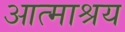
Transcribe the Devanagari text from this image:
आत्माश्रय